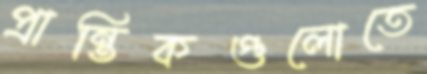
প্রান্তিকগুলোতে